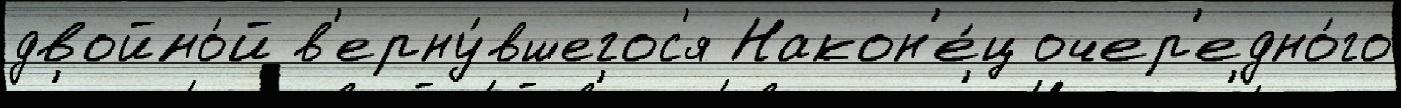
двойно́й в'ерну́вшегос'я Након'е́ц очер'едно́го